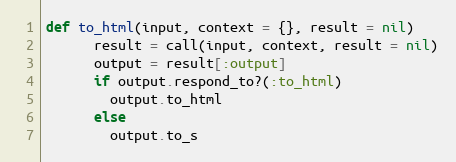
Language: Ruby
def to_html(input, context = {}, result = nil)
      result = call(input, context, result = nil)
      output = result[:output]
      if output.respond_to?(:to_html)
        output.to_html
      else
        output.to_s